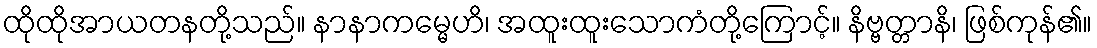
ထိုထိုအာယတနတို့သည်။ နာနာကမ္မေဟိ၊ အထူးထူးသောကံတို့ကြောင့်။ နိဗ္ဗတ္တာနိ၊ ဖြစ်ကုန်၏။